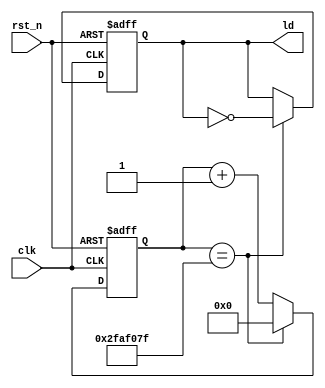
module LED(
    input               clk     ,
    input               rst_n   ,
    //input      [7:0]    led_cmd ,
    output reg     ld         
);

    reg [25:0]	cnt; //

//
always@(negedge rst_n or posedge clk)begin
	if(!rst_n)begin
		cnt <= 26'd0;//0
		ld <= 1'b1;//led
	end
	else if(cnt == 26'd50_000_000-1)begin
		cnt <= 26'd0;
		ld <= ~ld;//1sled
	end 
	else begin
		cnt <= cnt + 26'd1;
		ld <= ld;//led
	end
end

    // assign en = 1'b1;
    // always @(en)begin
        // if (en == 1'b1) begin
    //   led <= 4'b1111;
    // end else begin
    //   led <= 4'b0000;
    // end
// end

    // parameter TIME_1500MS = 75_000_000;

    // reg     [26:0]      cnt     ;
    // wire                add_cnt ;
    // wire                end_cnt ;

    // reg     [2:0]       cnt1    ;
    // wire                add_cnt1;
    // wire                end_cnt1;

    // always @(posedge clk or negedge rst_n)begin
        // if(!rst_n)begin
            // cnt <= 27'b0;
        // end
        // else if(add_cnt)begin
            // if(end_cnt)begin
                // cnt <= 27'b0;
            // end
            // else begin
                // cnt <= cnt + 1'b1;
            // end
        // end
        // else begin
            // cnt <= cnt;
        // end
    // end

    // assign add_cnt = 1'b1;
    // assign end_cnt = add_cnt && cnt == TIME_1500MS - 1;

    // always @(posedge clk or negedge rst_n)begin 
        // if(!rst_n)begin
            // cnt1 <= 2'b0;
        // end
        // else if(add_cnt1)begin
            // if(end_cnt1)begin
                // cnt1 <= 2'b0;
            // end
            // else begin
                // cnt1 <= cnt1 + 1'b1;
            // end
        // end
        // else begin 
            // cnt1 <= cnt1;
        // end
    // end

    // assign add_cnt1 = end_cnt;
    // assign end_cnt1 = add_cnt1 && cnt1 == 7;

    // always @(*)begin
        // if(!rst_n)begin
            // led = 4'b1111;
        // end
        // else begin
            // case(cnt1)
                // 3'b000 : led = 4'b0001;
                // 3'b001 : led = 4'b0011;
                // 3'b010 : led = 4'b0111;
                // 3'b011 : led = 4'b1111;
                // 3'b100 : led = 4'b1110;
                // 3'b101 : led = 4'b1100;
                // 3'b110 : led = 4'b1000;
                // 3'b111 : led = 4'b0000;
                // default : led = 4'b1111;
            // endcase
        // end
    // end


endmodule